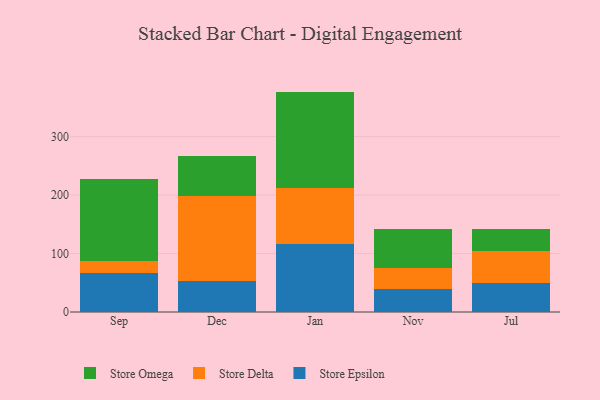
{"axis": {"x": "Month", "y": "Page Views"}, "legend": ["Store Delta", "Store Epsilon", "Store Omega"], "data": [{"x": "Sep", "y": 67.0, "type": "Store Epsilon"}, {"x": "Sep", "y": 19.9, "type": "Store Delta"}, {"x": "Sep", "y": 141.4, "type": "Store Omega"}, {"x": "Dec", "y": 53.5, "type": "Store Epsilon"}, {"x": "Dec", "y": 144.5, "type": "Store Delta"}, {"x": "Dec", "y": 68.9, "type": "Store Omega"}, {"x": "Jan", "y": 116.9, "type": "Store Epsilon"}, {"x": "Jan", "y": 95.0, "type": "Store Delta"}, {"x": "Jan", "y": 165.1, "type": "Store Omega"}, {"x": "Nov", "y": 39.8, "type": "Store Epsilon"}, {"x": "Nov", "y": 36.2, "type": "Store Delta"}, {"x": "Nov", "y": 65.8, "type": "Store Omega"}, {"x": "Jul", "y": 49.4, "type": "Store Epsilon"}, {"x": "Jul", "y": 54.8, "type": "Store Delta"}, {"x": "Jul", "y": 38.1, "type": "Store Omega"}]}